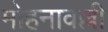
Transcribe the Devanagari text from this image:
मोहनावल्ली